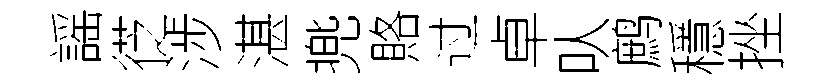
謡徔涉湛兠賂过卓㕥鹧穩挫